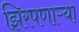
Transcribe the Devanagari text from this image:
झिरपणाऱ्या